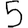
Digit: 5